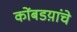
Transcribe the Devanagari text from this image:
कोंबडय़ांचे